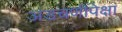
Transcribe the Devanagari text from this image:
अडचणींपेक्षा